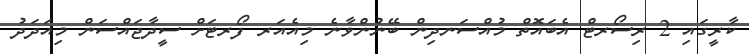
ކާރީގައި 2 ރިސޯރޓް އެބައޮތް މުއްސަނދިން ބޭނުންވާނެ މިއެއަރ ފޯރޓަށް ސީދާޖައްސަން މިއަދަދު